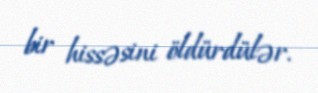
bir hissəsini öldürdülər.